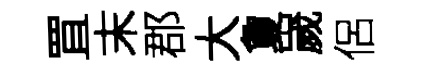
罝末郡大夐嵗侶